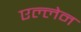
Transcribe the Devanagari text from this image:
एल्लेन